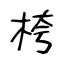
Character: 桍